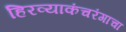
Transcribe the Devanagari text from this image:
हिरव्याकंचरंगाचा